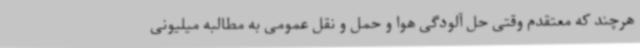
هرچند که معتقدم وقتی حل آلودگی هوا و حمل و نقل عمومی به مطالبه میلیونی